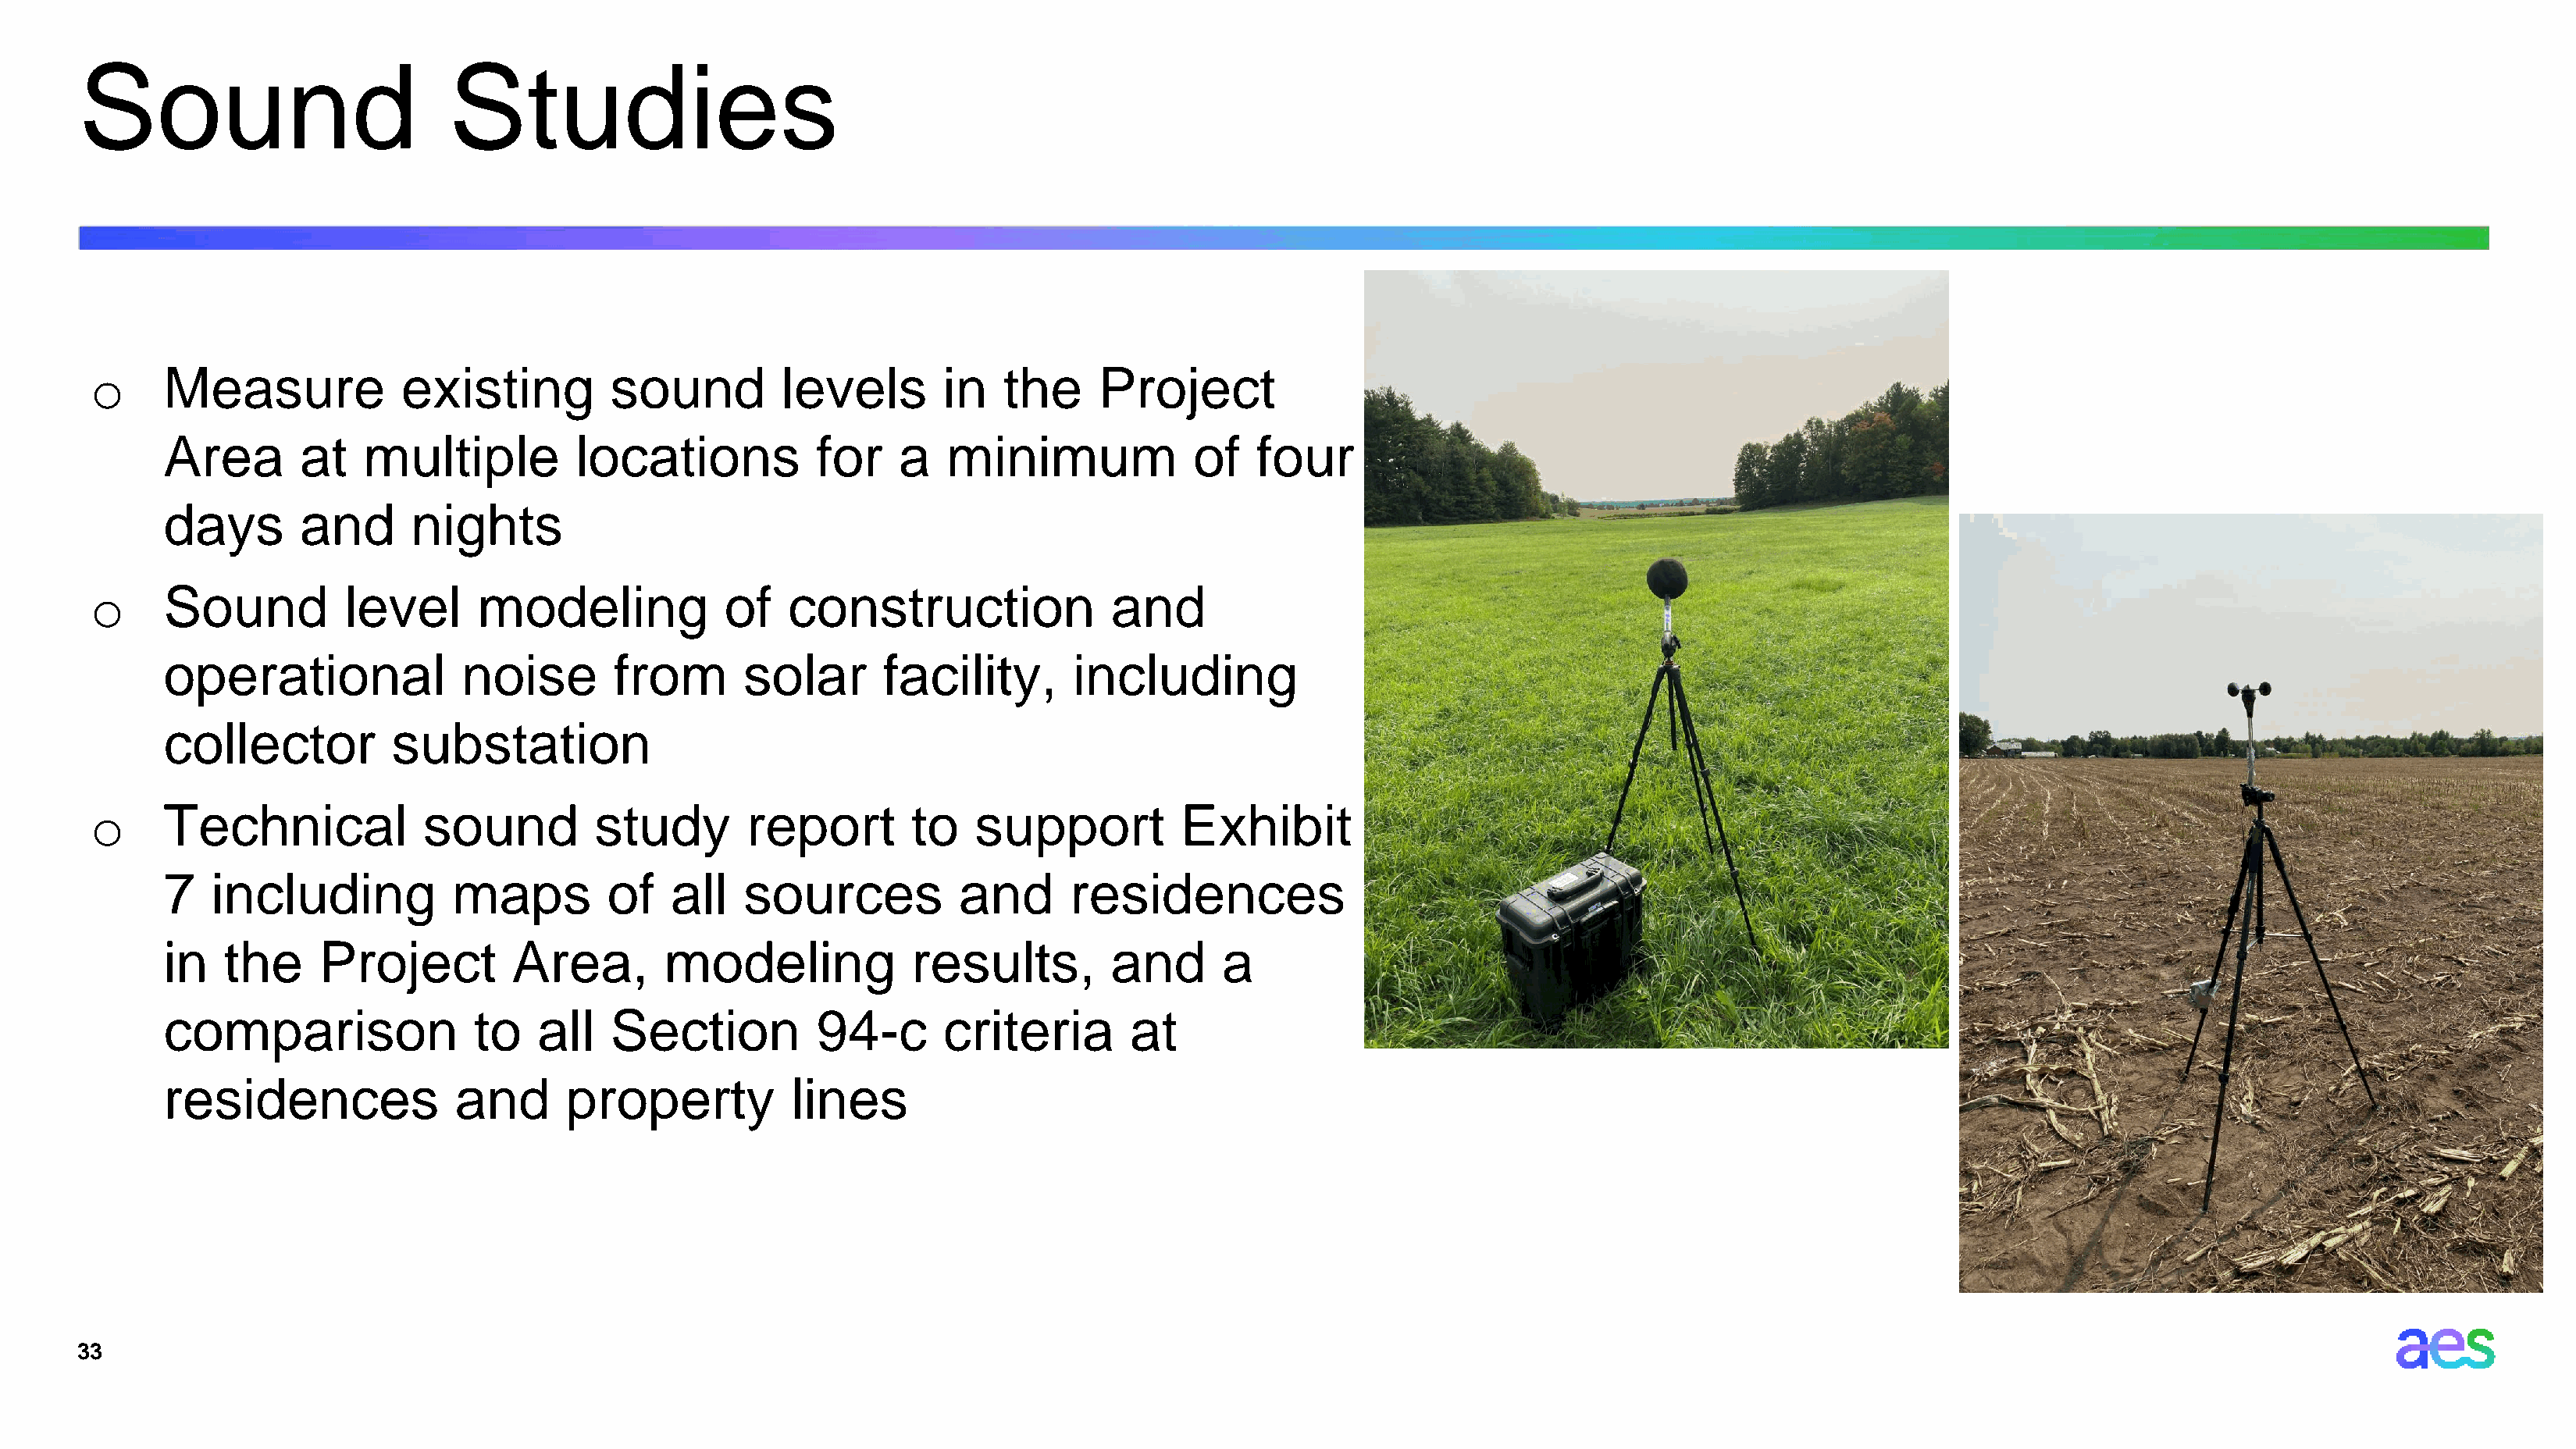
Sound                          Studies
 o     Measure             existing          sound         levels        in   the     Project
 Area       at    multiple          locations           for    a   minimum              of   four
 days       and       nights
 o     Sound          level      modeling             of    construction               and
 operational              noise        from       solar       facility,       including
 collector          substation
 o     Technical             sound         study        report        to    support          Exhibit
 7   including           maps         of    all   sources           and       residences
 in   the     Project         Area,        modeling             results,         and       a
 comparison                to    all   Section          94-c       criteria        at
 residences               and      property           lines
 33